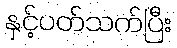
နှင့်ပတ်သက်ပြီး